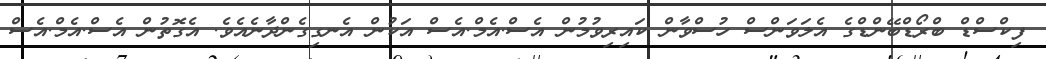
ފިކްސްޑް ބްރޯޑްބޭންޑްގެ އެލަވަންސް ހުސްވާން ކައިރިވުމުން އެސް.އެމް.އެސް އަކުން އެނގިގެންދާނެއެވެ. އެގޮތުން އެސް.އެމް.އެސް